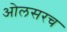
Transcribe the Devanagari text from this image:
ओलसरच